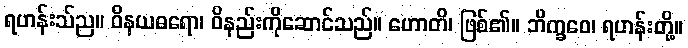
ရဟန်းသ်ည။ ဝိနယဓရော၊ ဝိနည်းကိုဆောင်သည်။ ဟောတိ၊ ဖြစ်၏။ ဘိက္ခဝေ၊ ရဟန်းတို့။